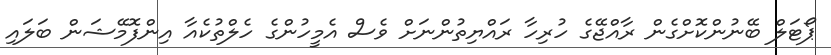
ޕޯޓަލް ބޭނުންކޮށްގެން ރާއްޖޭގެ ހުރިހާ ރައްޔިތުންނަށް ވެސް އެމީހުންގެ ހެލްތުކެއާ އިންފޮމޭޝަން ބަލައި